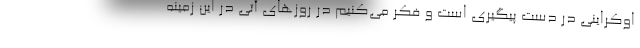
اوکراینی در دست پیگیری است و فکر می‌کنیم در روزهای آتی در این زمینه